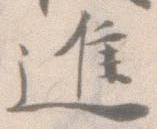
進